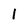
Character: 1